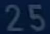
25